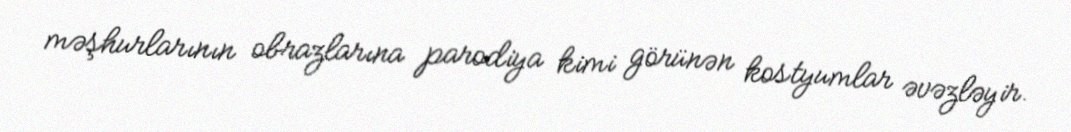
məşhurlarının obrazlarına parodiya kimi görünən kostyumlar əvəzləyir.